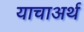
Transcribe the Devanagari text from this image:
याचाअर्थ